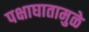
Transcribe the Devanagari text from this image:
पक्षाघातामुळे